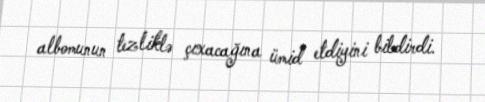
albomunun tezliklə çıxacağına ümid etdiyini bildirdi.